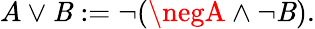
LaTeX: A\lor\mathit{B}:=\neg(\negA\land\neg\mathit{B}).